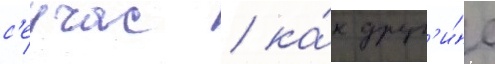
с'еичас / ка́к друг'и́е